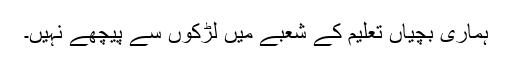
ہماری بچیاں تعلیم کے شعبے میں لڑکوں سے پیچھے نہیں۔